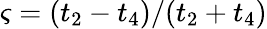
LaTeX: \varsigma=(t_{2}-t_{4})/(t_{2}+t_{4})